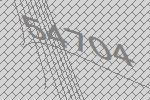
54704